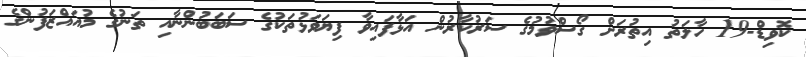
ކޮވިޑް-19 ހާލަތު އިތުރަށް ގޯސްވުމުގެ ސަރުކާރުން އަޅާފައިވާ ފިޔަވަޅުތަކުގެ ސަބަބުންނާއި ތަނުގެ މުއައްޒަފުންގެ